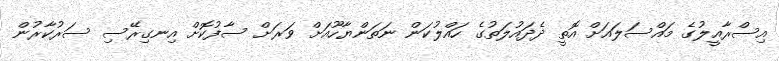
އިސްރާއީލުގެ މައްސަލައަށް އޮތީ ދެދައުލަތުގެ ހައްލުކަން ނަތަންޔާހޫއަށް ވަރަށް ސާފުކޮށް އިނގިރޭސި ސަރުކާރުން